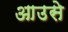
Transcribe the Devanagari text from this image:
आउसे